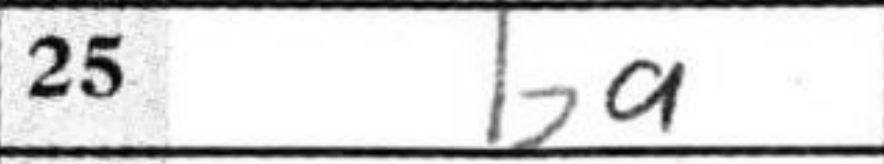
Transcription: ba